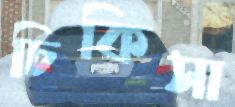
চিকিসা